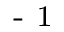
\textsuperscript { - 1 }